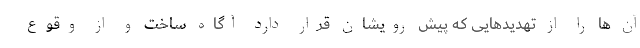
آن ها را از تهدیدهایی که پیش رویشان قرار دارد آگاه ساخت و از وقوع